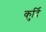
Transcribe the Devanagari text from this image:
कुर्दि